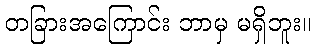
တခြားအကြောင်း ဘာမှ မရှိဘူး။